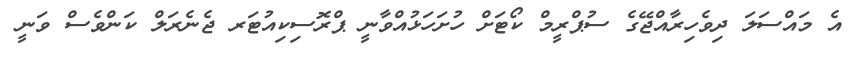
އެ މައްސަލަ ދިވެހިރާއްޖޭގެ ސުޕްރީމް ކޯޓަށް ހުށަހަޅުއްވާނީ ޕްރޮސިކިއުޓަރ ޖެނެރަލް ކަންވެސް ވަނީ